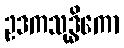
ဥဒကသုဒ္ဓိကော